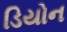
ડિયોન